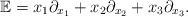
\begin{align*} \mathbb{E}=x_1 \partial_{x_1}+x_2 \partial_{x_2}+x_3 \partial_{x_3}.\end{align*}